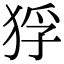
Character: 𤞲